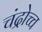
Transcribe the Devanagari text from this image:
चंद्रोच्च